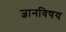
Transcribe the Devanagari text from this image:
ज्ञानविषय